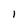
Character: I